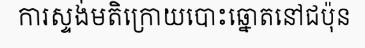
ការស្ទង់មតិក្រោយបោះឆ្នោតនៅជប៉ុន